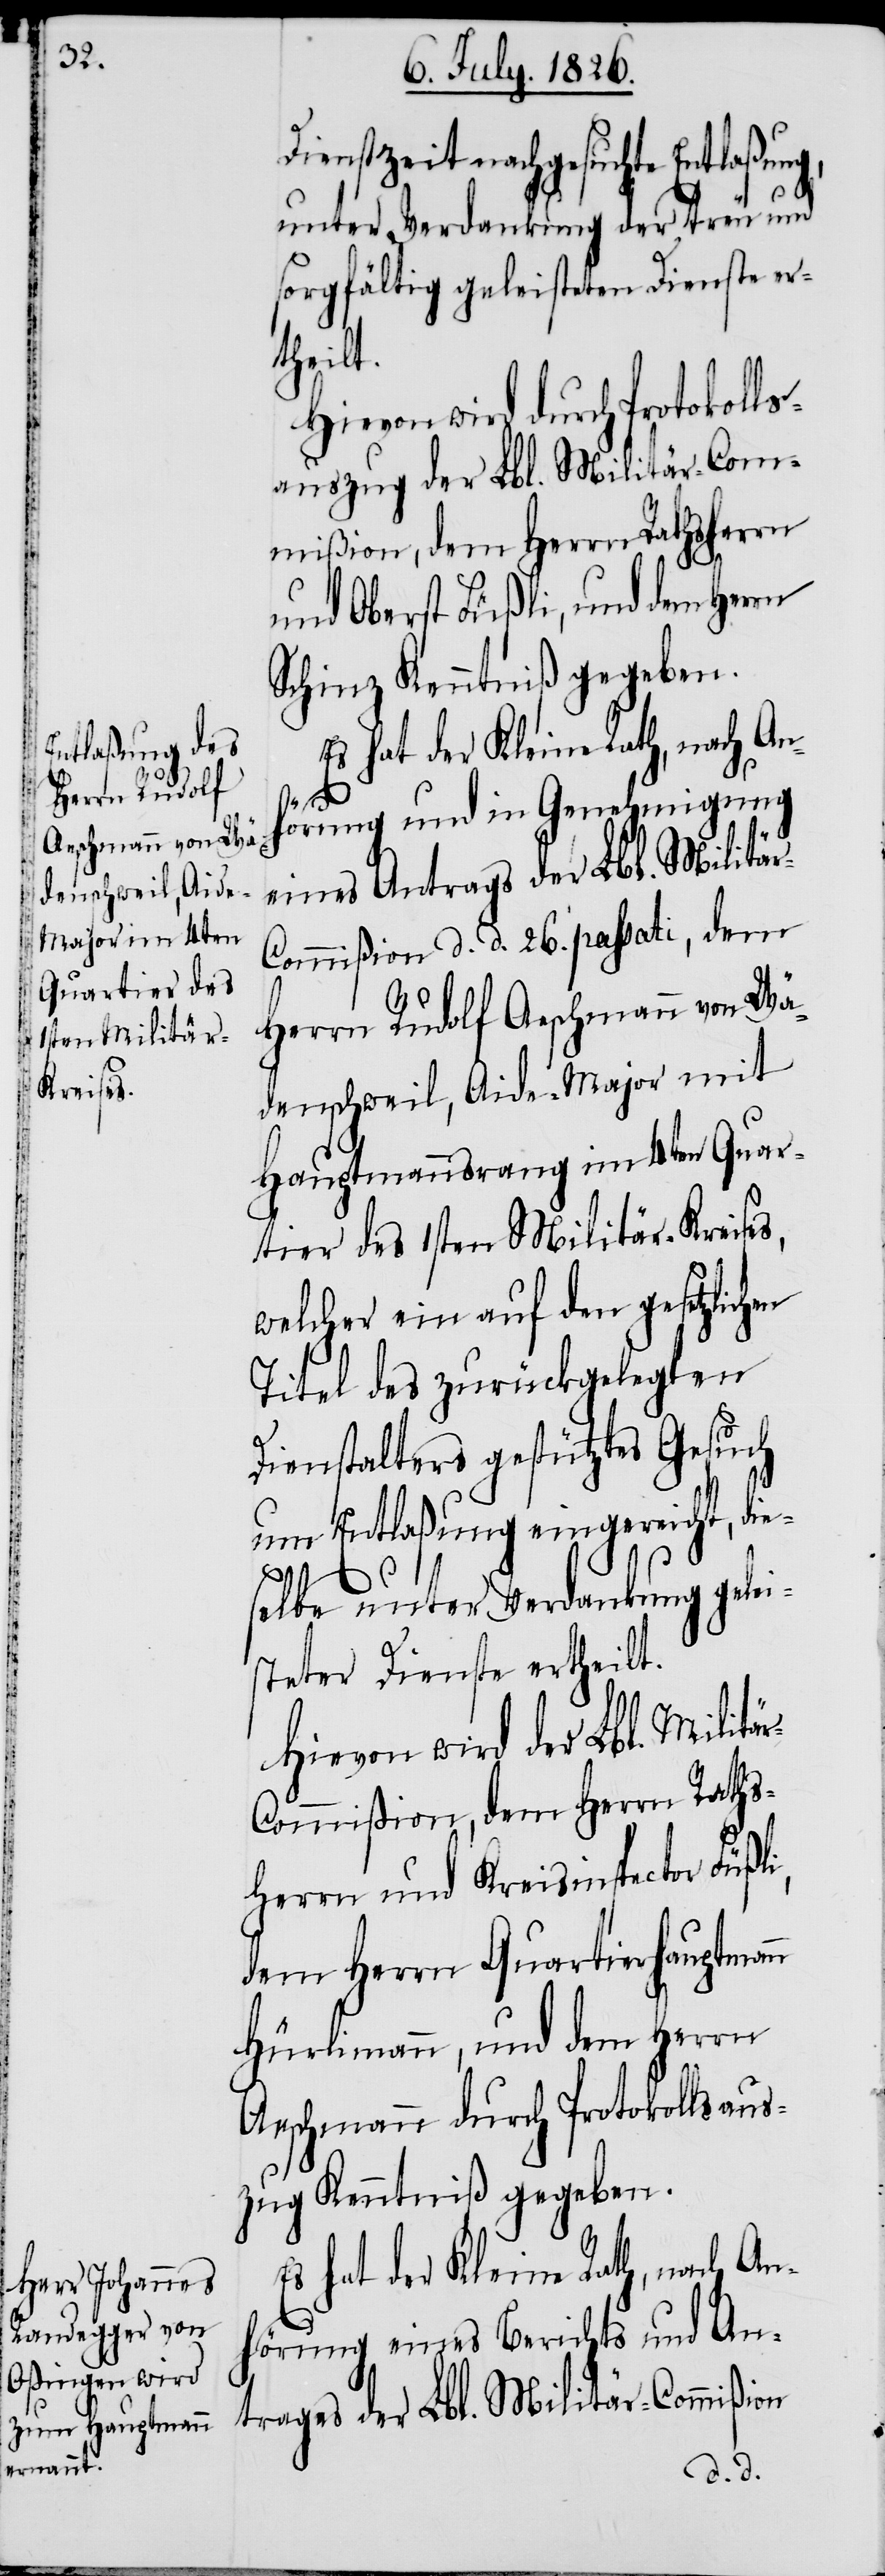
Dienstzeit nachgesuchte Entlaßung,
unter Verdankung der treu und
sorgfältig geleisteten Dienste er¬
theilt.
Hievon wird durch Protokolls¬
auszug der Lbl. Militär-Com¬
mißion, dem Herrn Rathsherrn
und Oberst Füßli, und dem Herrn
Schinz Kenntniß gegeben.
Es hat der Kleine Rath, nach An¬
hörung und in Genehmigung
eines Antrags der Lbl. Militä¬
r-Commißion d. d. 26. passati, dem
Herrn Rudolf Aeschmann von Wä¬
denschweil, Aide-Major mit
Hauptmannsrang im 4ten Quar¬
tier des 1sten Militär-Kreises,
welcher ein auf den gesetzlichen
Titel des zurückgelegten
Dienstalters gestütztes Gesuch
um Entlaßung eingereicht, die¬
selbe unter Verdankung gelei¬
steter Dienste ertheilt.
Hievon wird der Lbl. Militä¬
r-Commißion, dem Herrn Raths¬
Kreisinspector Füßli,
herrn und
dem Herrn Quartierhauptmann
Hürlimann, und dem Herrn
Aeschmann durch Protokollsaus¬
zug Kenntniß gegeben.
Es hat der Kleine Rath, nach An¬
hörung eines Berichts und An¬
trages der Lbl. Militär-Commißion